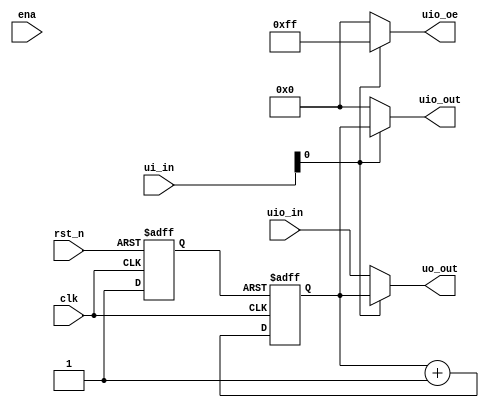
/*
 * tt_um_factory_test.v
 *
 * Test user module
 *
 */

`default_nettype none

module tt_um_factory_test (
	input  wire [7:0] ui_in,	// Dedicated inputs
	output wire [7:0] uo_out,	// Dedicated outputs
	input  wire [7:0] uio_in,	// IOs: Input path
	output wire [7:0] uio_out,	// IOs: Output path
	output wire [7:0] uio_oe,	// IOs: Enable path (active high: 0=input, 1=output)
	input  wire       ena,
	input  wire       clk,
	input  wire       rst_n
);

	reg rst_n_i;
	reg [7:0] cnt;

	always @(posedge clk or negedge rst_n)
		if (~rst_n)
			rst_n_i <= 1'b0;
		else
			rst_n_i <= 1'b1;

	always @(posedge clk or negedge rst_n_i)
		if (~rst_n_i)
			cnt <= 0;
		else
			cnt <= cnt + 1;
	
	assign uo_out  = ui_in[0] ? cnt : uio_in;
	assign uio_out = ui_in[0] ? cnt : 8'h00;
	assign uio_oe  = ui_in[0] ? 8'hff : 8'h00;

endmodule // tt_um_factory_test